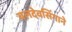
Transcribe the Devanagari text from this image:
बलदेवसिंगाने